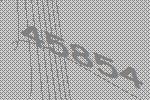
45854